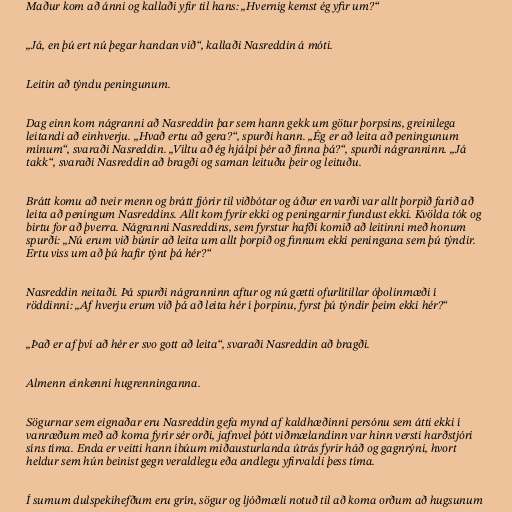
Maður kom að ánni og kallaði yfir til hans: „Hvernig kemst ég yfir um?“

„Já, en þú ert nú þegar handan við“, kallaði Nasreddin á móti.

Leitin að týndu peningunum.

Dag einn kom nágranni að Nasreddin þar sem hann gekk um götur þorpsins, greinilega
leitandi að einhverju. „Hvað ertu að gera?“, spurði hann. „Ég er að leita að peningunum
mínum“, svaraði Nasreddin. „Viltu að ég hjálpi þér að finna þá?“, spurði nágranninn. „Já
takk“, svaraði Nasreddin að bragði og saman leituðu þeir og leituðu.

Brátt komu að tveir menn og brátt fjórir til viðbótar og áður en varði var allt þorpið farið að
leita að peningum Nasreddins. Allt kom fyrir ekki og peningarnir fundust ekki. Kvölda tók og
birtu for að þverra. Nágranni Nasreddins, sem fyrstur hafði komið að leitinni með honum
spurði: „Nú erum við búnir að leita um allt þorpið og finnum ekki peningana sem þú týndir.
Ertu viss um að þú hafir týnt þá hér?“

Nasreddin neitaði. Þá spurði nágranninn aftur og nú gætti ofurlítillar óþolinmæði í
röddinni: „Af hverju erum við þá að leita hér í þorpinu, fyrst þú týndir þeim ekki hér?“

„Það er af því að hér er svo gott að leita“, svaraði Nasreddin að bragði.

Almenn einkenni hugrenninganna.

Sögurnar sem eignaðar eru Nasreddin gefa mynd af kaldhæðinni persónu sem átti ekki í
vanræðum með að koma fyrir sér orði, jafnvel þótt viðmælandinn var hinn versti harðstjóri
síns tíma. Enda er veitti hann íbúum miðausturlanda útrás fyrir háð og gagnrýni, hvort
heldur sem hún beinist gegn veraldlegu eða andlegu yfirvaldi þess tíma.

Í sumum dulspekihefðum eru grín, sögur og ljóðmæli notuð til að koma orðum að hugsunum